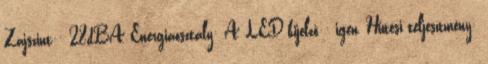
Zajszint:: 28dBA, Energiaosztály: A, LED kijelző:: igen, Hűtési teljesítmény: